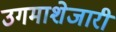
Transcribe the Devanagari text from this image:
उगमाशेजारी